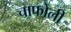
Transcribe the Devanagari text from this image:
चाफोली